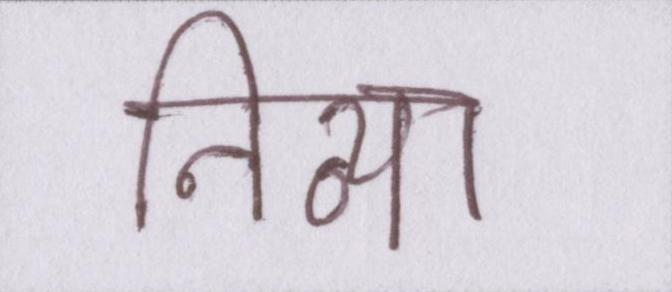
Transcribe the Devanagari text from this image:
निव्या